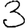
Digit: 3